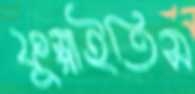
ফুস্‌লাইতিস